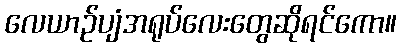
လေယာဉ်ပျံအရုပ်လေးတွေဆိုရင်ကော။